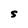
Character: S